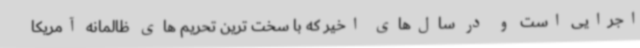
اجرایی است و در سال‌های اخیر که با سخت ترین تحریم های ظالمانه آمریکا